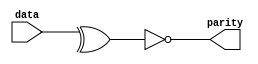
//4 bit odd parity generator xnor gate
//even parity generator xor gate
module odd_parity(data,parity);

	 input [3:0] data;
	 output parity;

	assign parity = ~(^data);

endmodule

module odd_parity_tb();

	reg [3:0] data;
	wire parity;

	odd_parity op(data,parity);

	initial begin
		data = 4'b1100;
		#20 data = 4'b1011;
	end
endmodule










/*
module parity_checker_odd(parity,data,out);

	input parity;
	input [3:0] data;
	output reg out; //high if matched else low
	wire tmp;

		assign tmp = ^data;
		initial
		begin
		if (tmp == parity)
			 out = 1;
		else 
			out = 0;
		end
	
endmodule

module parity_checker_odd_tb();

	wire out;
	reg [3:0] data;
	reg parity;

	parity_checker_even tb(parity,data,out);
	initial
	begin
		data = 4'b0001; parity = 0;
		#20 data = 4'b1100; parity = 1ma; 
	end
*/